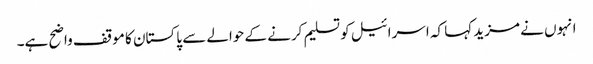
انہوں نے مزید کہا کہ اسرائیل کو تسلیم کرنے کے حوالے سے پاکستان کا موقف واضح ہے۔